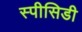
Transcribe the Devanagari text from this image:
स्पीसिडी